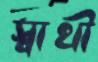
স্বাথী